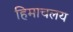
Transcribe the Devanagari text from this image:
हिमाचलय